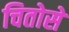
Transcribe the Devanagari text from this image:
चितोसे